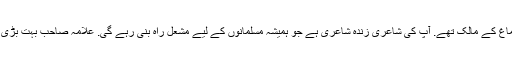
شاعر مشرق علامہ اقبال حساس دل و دماغ کے مالک تھے. آپ کی شاعری زندہ شاعری ہے جو ہمیشہ مسلمانوں کے لیے مشعل راہ بنی رہے گی. علامہ صاحب بہت بڑی بات انتہائی آسانی سے کہہ جاتے تھے۔